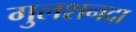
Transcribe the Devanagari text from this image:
गुलशनदा